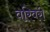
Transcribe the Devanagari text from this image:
वरिवरी